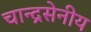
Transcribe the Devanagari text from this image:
चान्द्रसेनीय